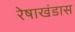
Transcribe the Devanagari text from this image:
रेषाखंडास